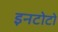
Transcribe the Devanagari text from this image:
इनटोटो